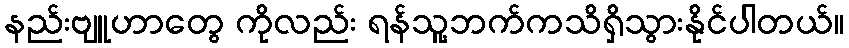
နည်းဗျူဟာတွေ ကိုလည်း ရန်သူ့ဘက်ကသိရှိသွားနိုင်ပါတယ်။